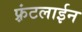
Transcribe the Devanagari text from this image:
फ़्रंटलाईन